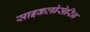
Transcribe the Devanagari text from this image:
साइकलोसेरिन